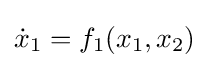
{\dot {x}}_{1}=f_{1}(x_{1},x_{2})